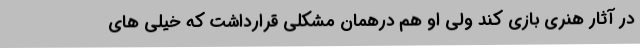
در آثار هنری بازی کند ولی او هم درهمان مشکلی قرارداشت که خیلی های